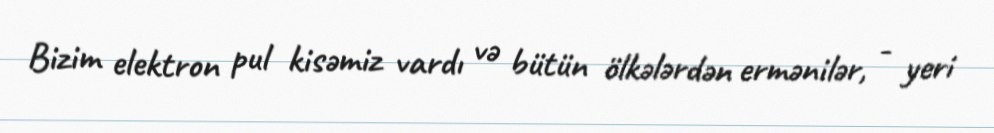
Bizim elektron pul kisəmiz vardı və bütün ölkələrdən ermənilər, - yeri